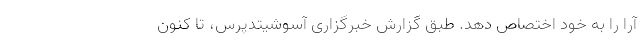
آرا را به خود اختصاص دهد. طبق گزارش خبرگزاری آسوشیتدپرس،‌ تا کنون